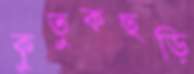
কুতুকছড়ি